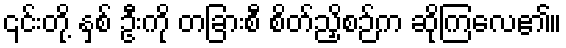
၎င်းတို့ နှစ် ဦးကို တခြားစီ စိတ်ညှိစဉ်က ဆိုကြလေ၏။